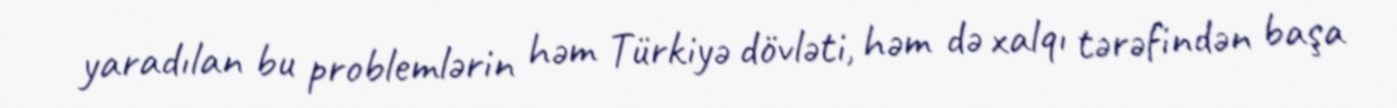
yaradılan bu problemlərin həm Türkiyə dövləti, həm də xalqı tərəfindən başa